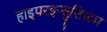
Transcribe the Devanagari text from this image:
हाइपरइन्सुलिज़म